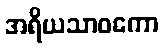
အရိယသာဝကော